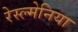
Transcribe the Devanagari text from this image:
रेस्ल्मेनिया